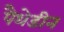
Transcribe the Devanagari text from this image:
पैथेडीन